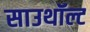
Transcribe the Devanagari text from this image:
साउथॉल्ट